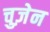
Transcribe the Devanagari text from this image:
चुज़ेन